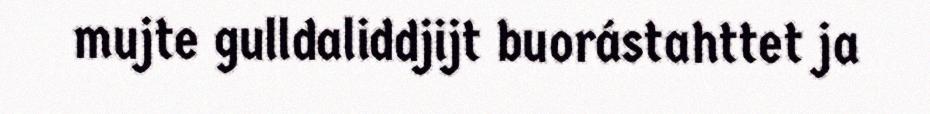
mujte gulldaliddjijt buorástahttet ja